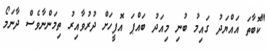
"ކޮބާތަ އައްޔަދު ގައިމު ބުނި މިއަދު ބައްޕަ އޮފީހަށް ދުރުވާއިރު ތިމަންނާވެސް ދާނަމޯ